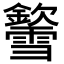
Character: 𨯎